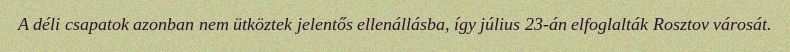
A déli csapatok azonban nem ütköztek jelentős ellenállásba, így július 23-án elfoglalták Rosztov városát.